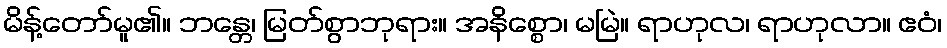
မိန့်တော်မူ၏။ ဘန္တေ၊ မြတ်စွာဘုရား။ အနိစ္စော၊ မမြဲ။ ရာဟုလ၊ ရာဟုလာ။ ဧဝံ၊